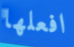
افعلها